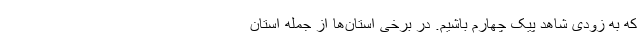
که به زودی شاهد پیک‌ چهارم باشیم. در برخی استان‌ها از جمله استان